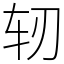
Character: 轫